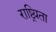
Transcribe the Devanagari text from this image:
राष्ट्र्यिता